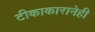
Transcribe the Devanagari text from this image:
टीकाकारानेही